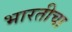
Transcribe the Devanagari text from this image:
भारतीचा